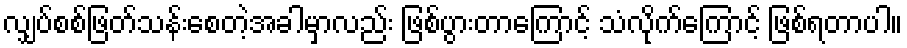
လျှပ်စစ်ဖြတ်သန်းစေတဲ့အခါမှာလည်း ဖြစ်ပွားတာကြောင့် သံလိုက်ကြောင့် ဖြစ်ရတာပါ။